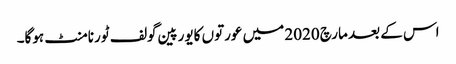
اس کے بعد مارچ 2020 میں عورتوں کایورپین گولف ٹورنامنٹ ہوگا۔